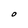
Character: O